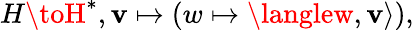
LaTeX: H\toH^{*},\mathbf{v}\mapsto(w\mapsto\langlew,\mathbf{v}\rangle),